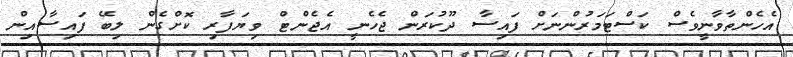
އެހެންތާވާނީވެސް ކަސްޓަމަރުންނަށް ފައިސާ ދޫކުރަން ޖެހެނީ އެޖެންޓް ވިޔަފާރި ކޮށްގެން ލިބޭ ފައިސާއިން